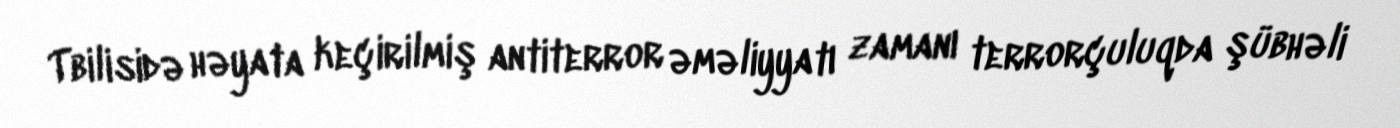
Tbilisidə həyata keçirilmiş antiterror əməliyyatı zamanı terrorçuluqda şübhəli